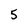
Character: 5